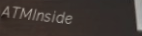
ATMInside